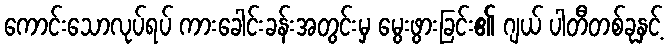
ကောင်းသောလုပ်ရပ် ကားခေါင်းခန်းအတွင်းမှ မွေးဖွားခြင်း၏ ဂျယ် ပါတီတစ်ခုနှင့်